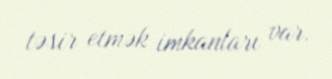
təsir etmək imkanları var.